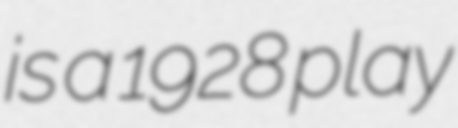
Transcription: is a 1928 play